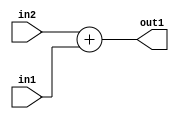
`timescale 1ps / 1ps
/*****************************************************************************
    Verilog RTL Description
    
    
    Created by: Stratus DpOpt 2019.1.01 
*******************************************************************************/

module DC_Filter_Add_11Ux9U_12U_1 (
	in2,
	in1,
	out1
	); /* architecture "behavioural" */ 
input [10:0] in2;
input [8:0] in1;
output [11:0] out1;
wire [11:0] asc001;

assign asc001 = 
	+(in2)
	+(in1);

assign out1 = asc001;
endmodule

/* CADENCE  urnyQwk= : u9/ySgnWtBlWxVPRXgAZ4Og= ** DO NOT EDIT THIS LINE ******/